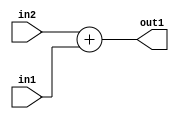
`timescale 1ps / 1ps
/*****************************************************************************
    Verilog RTL Description
    
    
    Created by: Stratus DpOpt 2019.1.01 
*******************************************************************************/

module DC_Filter_Add_11Ux9U_12U_1 (
	in2,
	in1,
	out1
	); /* architecture "behavioural" */ 
input [10:0] in2;
input [8:0] in1;
output [11:0] out1;
wire [11:0] asc001;

assign asc001 = 
	+(in2)
	+(in1);

assign out1 = asc001;
endmodule

/* CADENCE  urnyQwk= : u9/ySgnWtBlWxVPRXgAZ4Og= ** DO NOT EDIT THIS LINE ******/